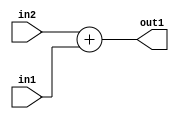
`timescale 1ps / 1ps
/*****************************************************************************
    Verilog RTL Description
    
    
    Created by: Stratus DpOpt 2019.1.01 
*******************************************************************************/

module DC_Filter_Add_11Ux9U_12U_1 (
	in2,
	in1,
	out1
	); /* architecture "behavioural" */ 
input [10:0] in2;
input [8:0] in1;
output [11:0] out1;
wire [11:0] asc001;

assign asc001 = 
	+(in2)
	+(in1);

assign out1 = asc001;
endmodule

/* CADENCE  urnyQwk= : u9/ySgnWtBlWxVPRXgAZ4Og= ** DO NOT EDIT THIS LINE ******/